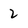
Character: 2